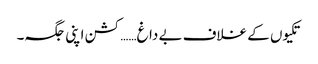
تکیوں کے غلاف بے داغ……کشن اپنی جگہ۔